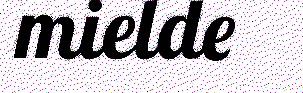
mielde